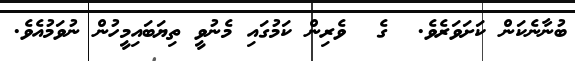
ބުނާނެކަން ކަށަވަރެވެ.  ގެ  ވެރިން ކަމުގައި މެނުވީ ތިޔަބައިމީހުން ނުވަމުއެވެ.